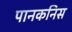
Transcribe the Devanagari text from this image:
पानकनिस